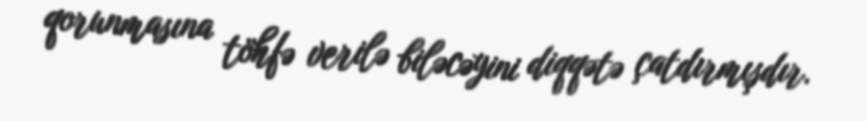
qorunmasına töhfə verilə biləcəyini diqqətə çatdırmışdır.